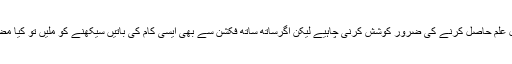
ہمیں اصل علم حاصل کرنے کی ضرور کوشش کرنی چاہیے لیکن اگرساتھ ساتھ فکشن سے بھی ایسی کام کی باتیں سیکھنے کو ملیں تو کیا مضائقہ ہے۔